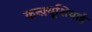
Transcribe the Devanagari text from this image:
कन्फ़्यूशियाई